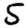
Digit: 5